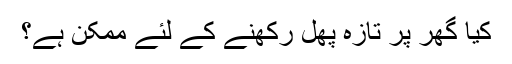
کیا گھر پر تازہ پھل رکھنے کے لئے ممکن ہے؟